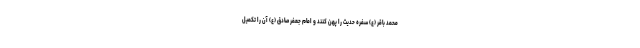
محمد باقر (ع) سفره حدیث را پهن کنند و امام جعفر صادق (ع) آن را تکمیل